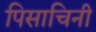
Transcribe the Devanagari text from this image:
पिसाचिनी